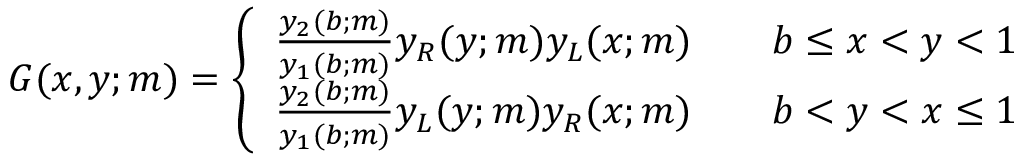
\begin{array} { r } { G ( x , y ; m ) = \left\{ \begin{array} { l l } { \frac { y _ { 2 } ( b ; m ) } { y _ { 1 } ( b ; m ) } y _ { R } ( y ; m ) y _ { L } ( x ; m ) } & { \quad b \leq x < y < 1 } \\ { \frac { y _ { 2 } ( b ; m ) } { y _ { 1 } ( b ; m ) } y _ { L } ( y ; m ) y _ { R } ( x ; m ) } & { \quad b < y < x \leq 1 } \end{array} \right. } \end{array}